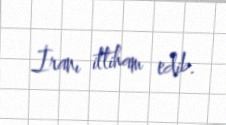
İranı ittiham edib.